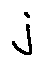
j